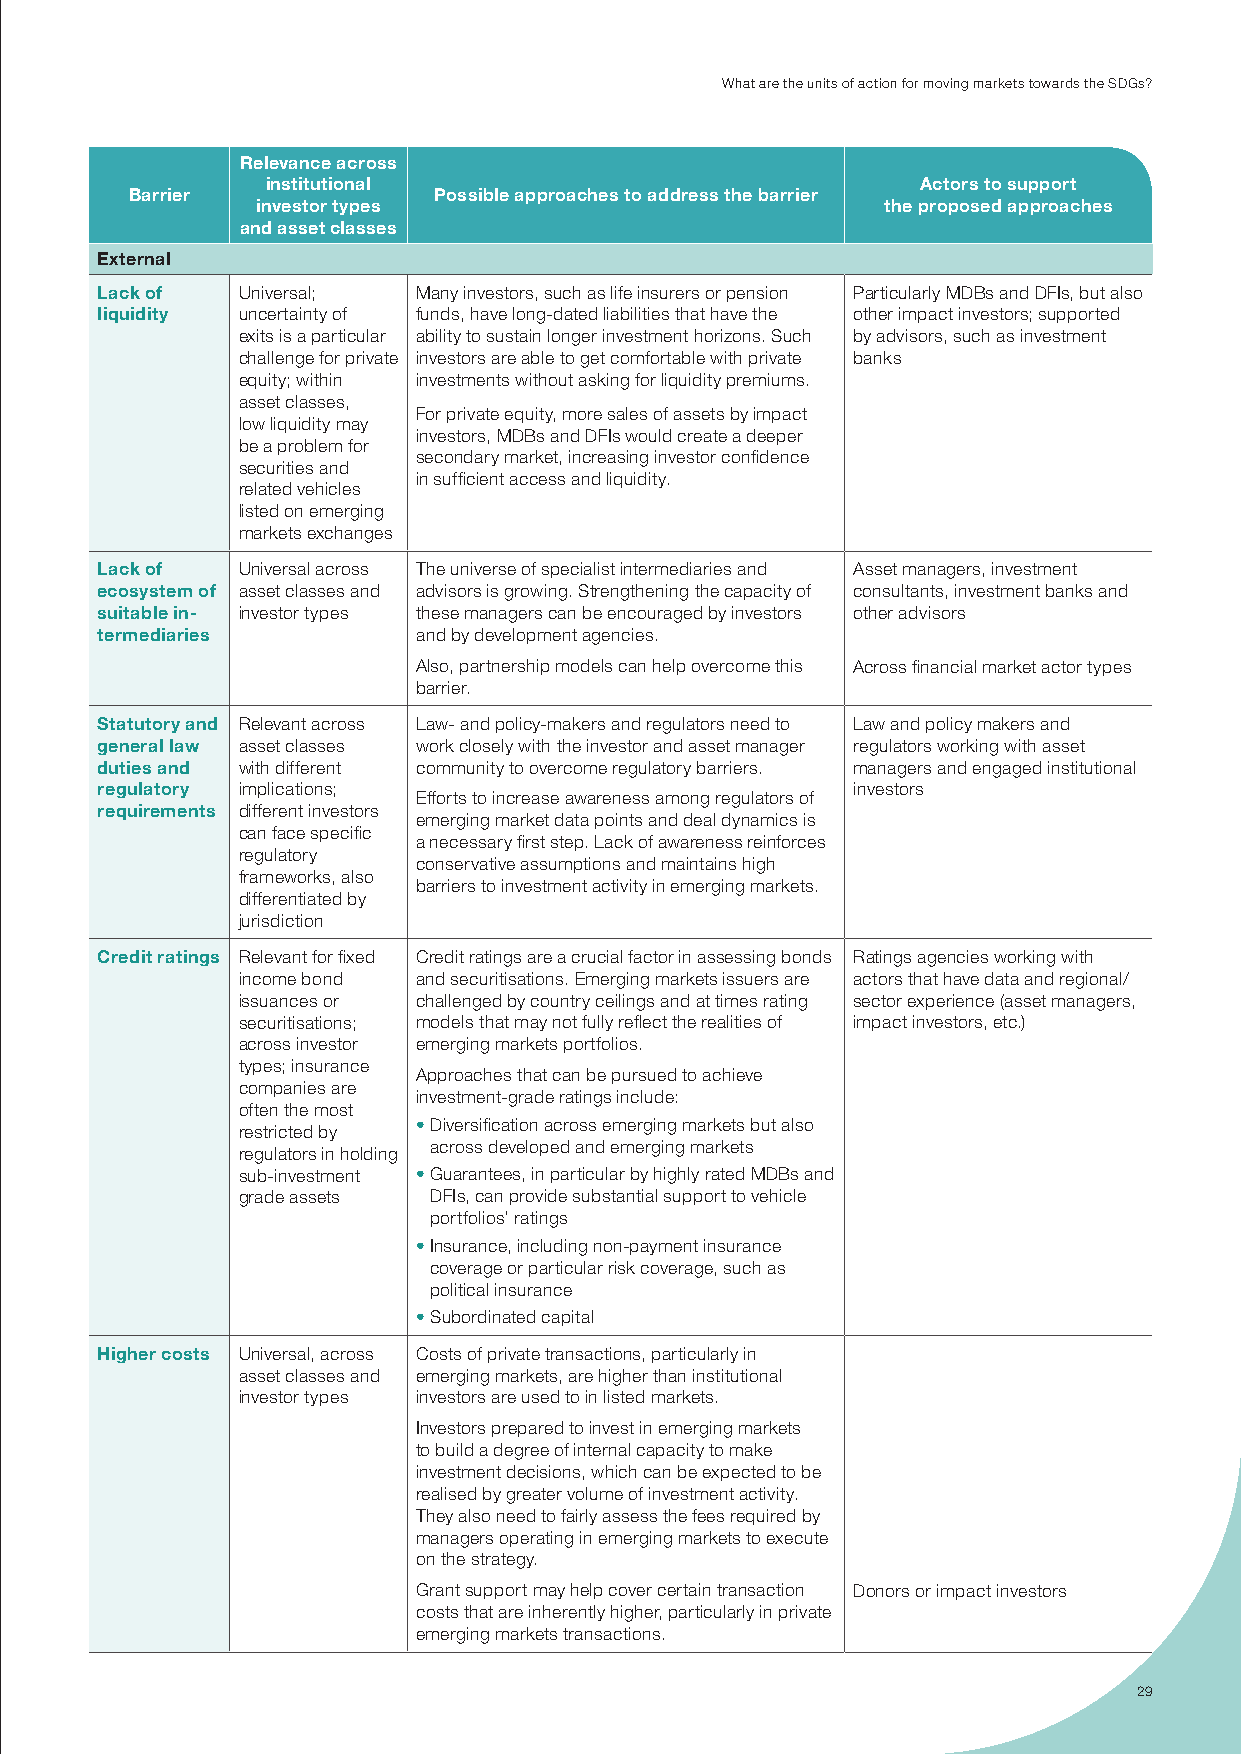
What are the units of action for moving markets towards the sdGs?
 Relevance across
 institutional                              Actors to support
 Barrier             Possible approaches to address the barrier
 investor types                            the proposed approaches
 and asset classes
 External
 Lack of   universal;  many investors, such as life insurers or pension particularly mdBs and dFis, but also
 liquidity uncertainty of funds, have long-dated liabilities that have the other impact investors; supported
 exits is a particular ability to sustain longer investment horizons. such by advisors, such as investment
 challenge for private investors are able to get comfortable with private banks
 equity; within investments without asking for liquidity premiums.
 asset classes,
 For private equity, more sales of assets by impact
 low liquidity may
 investors, mdBs and dFis would create a deeper
 be a problem for
 secondary market, increasing investor confidence
 securities and
 in sufficient access and liquidity.
 related vehicles
 listed on emerging
 markets exchanges
 Lack of   universal across the universe of specialist intermediaries and Asset managers, investment
 ecosystem of asset classes and advisors is growing. strengthening the capacity of consultants, investment banks and
 suitable in- investor types these managers can be encouraged by investors other advisors
 termediaries          and by development agencies.
 Also, partnership models can help overcome this Across financial market actor types
 barrier.
 Statutory and relevant across Law- and policy-makers and regulators need to Law and policy makers and
 general law asset classes work closely with the investor and asset manager regulators working with asset
 duties and with different community to overcome regulatory barriers. managers and engaged institutional
 regulatory implications;                          investors
 efforts to increase awareness among regulators of
 requirements different investors
 emerging market data points and deal dynamics is
 can face specific
 a necessary first step. Lack of awareness reinforces
 regulatory
 conservative assumptions and maintains high
 frameworks, also
 barriers to investment activity in emerging markets.
 differentiated by
 jurisdiction
 Credit ratings relevant for fixed credit ratings are a crucial factor in assessing bonds ratings agencies working with
 income bond and securitisations. emerging markets issuers are actors that have data and regional/
 issuances or challenged by country ceilings and at times rating sector experience (asset managers,
 securitisations; models that may not fully reflect the realities of impact investors, etc.)
 across investor emerging markets portfolios.
 types; insurance
 Approaches that can be pursued to achieve
 companies are
 investment-grade ratings include:
 often the most
 • diversification across emerging markets but also
 restricted by
 across developed and emerging markets
 regulators in holding
 sub-investment • Guarantees, in particular by highly rated mdBs and
 grade assets dFis, can provide substantial support to vehicle
 portfolios’ ratings
 • insurance, including non-payment insurance
 coverage or particular risk coverage, such as
 political insurance
 • subordinated capital
 Higher costs universal, across costs of private transactions, particularly in
 asset classes and emerging markets, are higher than institutional
 investor types investors are used to in listed markets.
 investors prepared to invest in emerging markets
 to build a degree of internal capacity to make
 investment decisions, which can be expected to be
 realised by greater volume of investment activity.
 they also need to fairly assess the fees required by
 managers operating in emerging markets to execute
 on the strategy.
 Grant support may help cover certain transaction donors or impact investors
 costs that are inherently higher, particularly in private
 emerging markets transactions.
 29